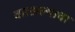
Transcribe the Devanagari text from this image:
वात्सल्याचा